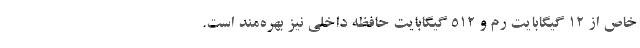
خاص از 12 گیگابایت رم و 512 گیگابایت حافظه داخلی نیز بهره‌مند است.